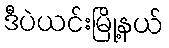
ဒီပဲယင်းမြို့နယ်